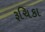
રૂચિકા